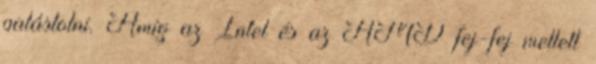
palástolni. Amíg az Intel és az AMD fej-fej mellett